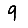
Digit: 9